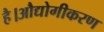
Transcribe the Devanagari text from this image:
है।औद्योगीकरण